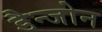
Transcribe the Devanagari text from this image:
डैन्जोन